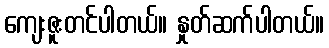
ကျေးဇူးတင်ပါတယ်။ နှုတ်ဆက်ပါတယ်။